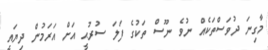
މާގިނަ ދުވަސްތަކެއް ނުވެ ނޫސް ތަކުގެ ފަލަ ސުރުޙީ އަށް އަރަމުން ދިޔައީ